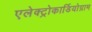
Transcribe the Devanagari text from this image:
एलेक्ट्रोकार्डियोग्राम